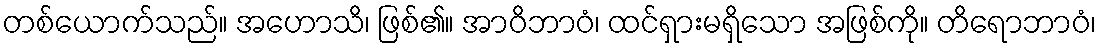
တစ်ယောက်သည်။ အဟောသိ၊ ဖြစ်၏။ အာဝိဘာဝံ၊ ထင်ရှားမရှိသော အဖြစ်ကို။ တိရောဘာဝံ၊